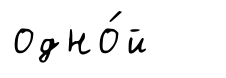
одно́й